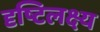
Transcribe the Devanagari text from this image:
दृष्टिलक्ष्य